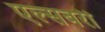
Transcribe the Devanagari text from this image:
एल्सबरी